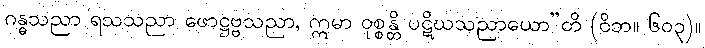
ဂန္ဓသညာ ရသသညာ ဖောဋ္ဌဗ္ဗသညာ, ဣမာ ဝုစ္စန္တိ ပဋိဃသညာယော”တိ (ဝိဘ။ ၆၀၃)။